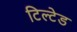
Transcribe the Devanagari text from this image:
टिल्‍टेड